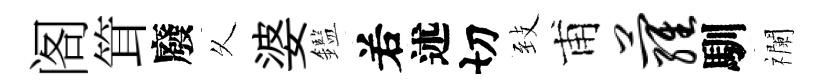
阁䇯廢乆婆鑑𠰥述切𦤺甫萝馴襴